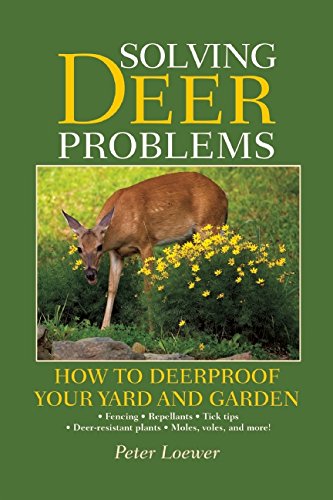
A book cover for Solving Deer Problems: How to Deerproof Your Yard and Garden; Peter Loewer; Science & Math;